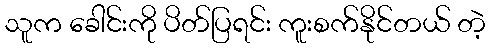
သူက ခေါင်းကို ပိတ်ပြရင်း ကူးစက်နိုင်တယ် တဲ့